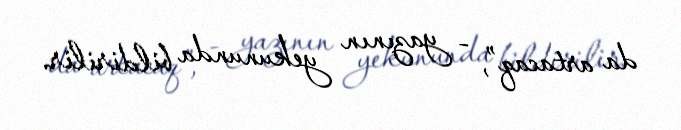
da artacaq”, - yazının yekununda bildirilir.